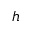
h